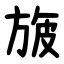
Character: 旇